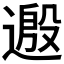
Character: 𫐺